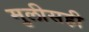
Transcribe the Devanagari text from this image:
मुलीसही